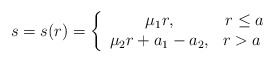
\begin{align*} s=s(r)=\left\{ \begin{array}{cc} \mu_1 r, & r\leq a \\ \mu_2 r + a_1 - a_2, & r>a \ \end{array} \right.\end{align*}